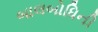
બાલબોધિની